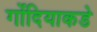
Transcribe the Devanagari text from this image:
गोंदियाकडे